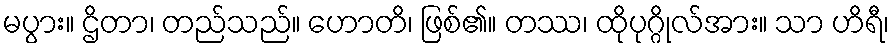
မပွား။ ဌိတာ၊ တည်သည်။ ဟောတိ၊ ဖြစ်၏။ တဿ၊ ထိုပုဂ္ဂိုလ်အား။ သာ ဟိရီ၊